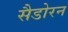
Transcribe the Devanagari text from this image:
सैडोरन